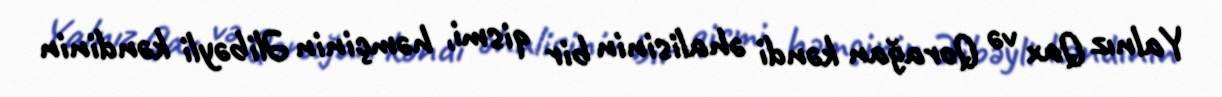
Yalnız Qax və Qorağan kəndi əhalisinin bir qismi, həmçinin Əlibəyli kəndinin